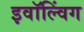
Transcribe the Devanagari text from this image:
इवॉल्विंग